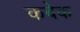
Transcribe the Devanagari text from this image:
कबेक